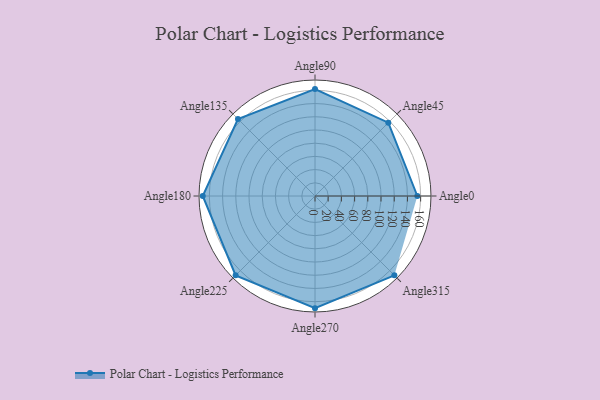
{"axis": {"x": "Angle", "y": "Radius"}, "legend": [""], "data": [{"x": "Angle0", "y": 155.0, "type": ""}, {"x": "Angle45", "y": 157.0, "type": ""}, {"x": "Angle90", "y": 162.0, "type": ""}, {"x": "Angle135", "y": 165.0, "type": ""}, {"x": "Angle180", "y": 170.0, "type": ""}, {"x": "Angle225", "y": 170, "type": ""}, {"x": "Angle270", "y": 170, "type": ""}, {"x": "Angle315", "y": 170, "type": ""}]}